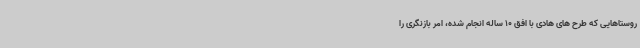
روستاهایی که طرح های هادی با افق 10 ساله انجام شده، امر بازنگری را